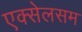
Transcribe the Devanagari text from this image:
एक्सेलसम